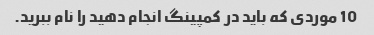
10 موردی که باید در کمپینگ انجام دهید را نام ببرید.